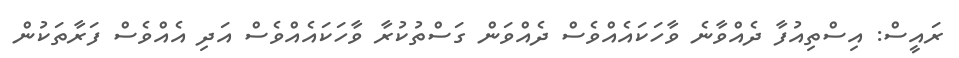
ރައީސް: އިސްތިއުފާ ދެއްވާނެ ވާހަކައެއްވެސް ދެއްވަން ގަސްތުކުރާ ވާހަކައެއްވެސް އަދި އެއްވެސް ފަރާތަކުން